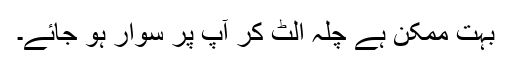
بہت ممکن ہے چلہ الٹ کر آپ پر سوار ہو جائے۔